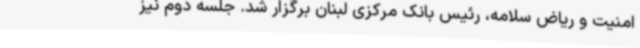
امنیت و ریاض سلامه، رئیس بانک مرکزی لبنان برگزار شد. جلسه دوم نیز